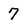
Character: 7